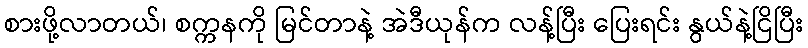
စားဖို့လာတယ်၊ စက္ကနကို မြင်တာနဲ့ အဲဒီယုန်က လန့်ပြီး ပြေးရင်း နွယ်နဲ့ငြိပြီး